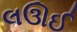
લઊઈ